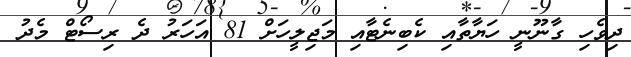
ދިވެހި ގާނޫނީ ހަޔާތާއި ކެބިނެޓާއި މަޖިލީހަށް 81 އަހަރު ދެ ރިސޯޓް މެދު